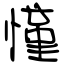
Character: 慬